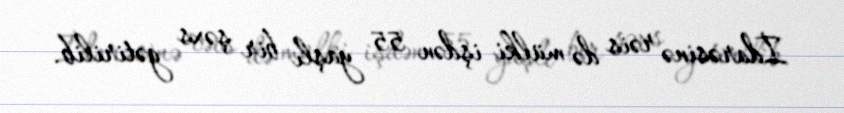
İdarəsinə rəis də mülki işdən 55 yaşlı bir şəxs gətirilib.